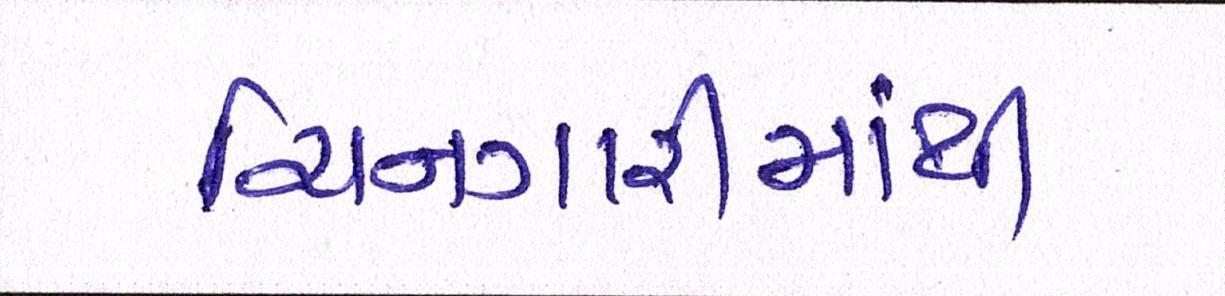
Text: ચિનગારીમાંથી